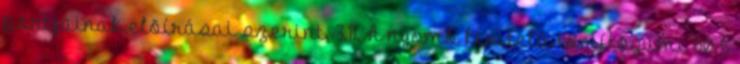
pontjainak elõírásai szerint. 3.11. A nyomó kivitelû tömítõgumi 605